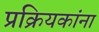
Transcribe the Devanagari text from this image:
प्रक्रियकांना